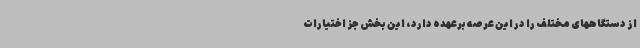
از دستگاههای مختلف را در این عرصه برعهده دارد، این بخش جز اختیارات